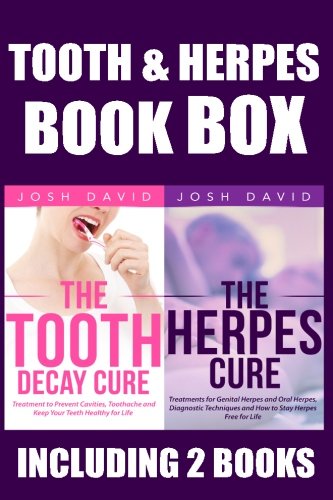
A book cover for Tooth and Herpes Box: Cure the Aches and Problems With Your Teeth and Get Rid of the Herpes. Your Body Needs Your Attention to Stay Healthy, Forever! (Boxing Josh David) (Volume 3); Josh David; Health, Fitness & Dieting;